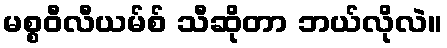
မစ္စဝီလီယမ်စ် သီဆိုတာ ဘယ်လိုလဲ။